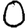
Digit: 0